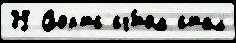
35 Спортс сч́том стал